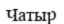
Чатыр